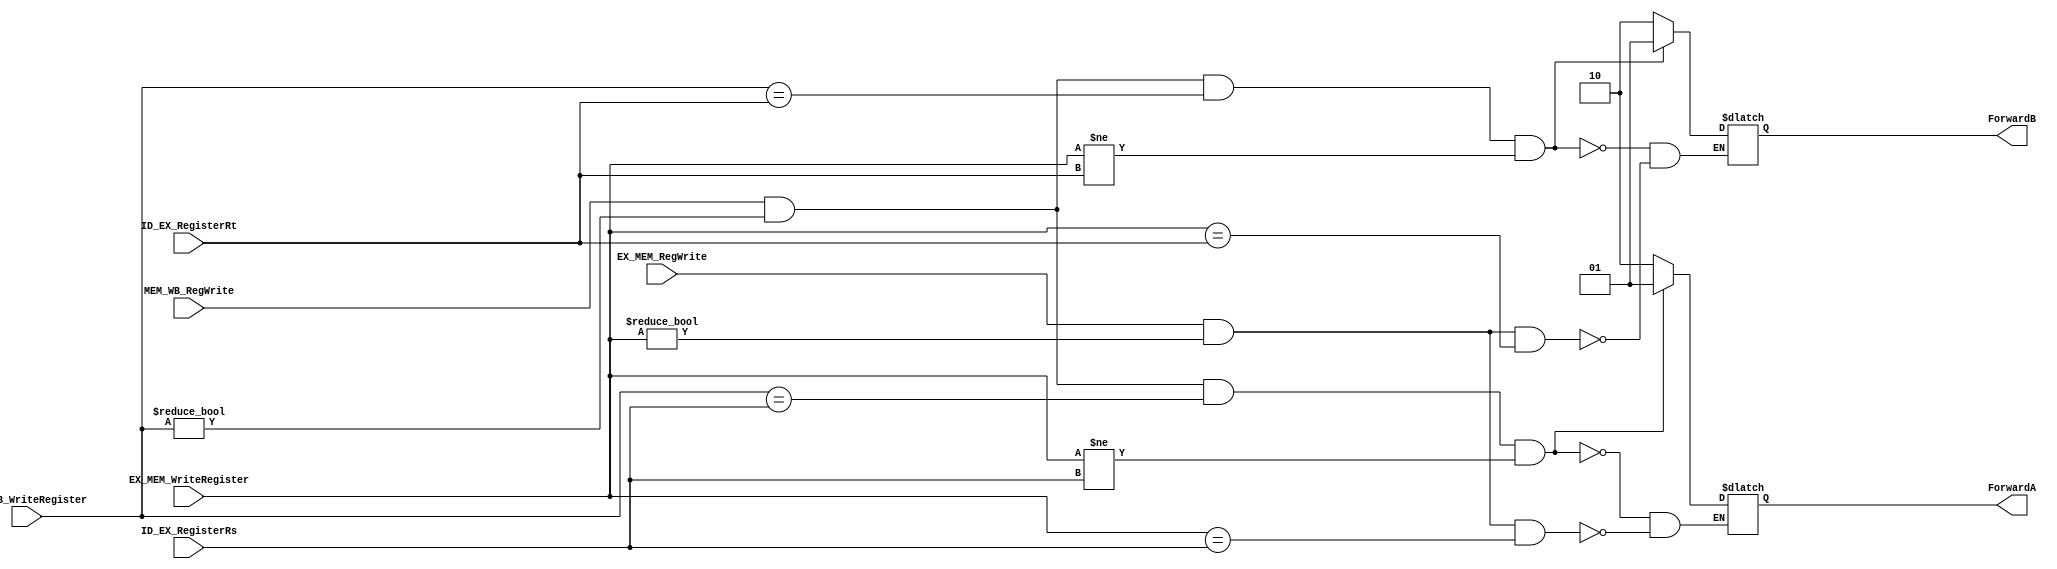
module ForwardUnit
(
	input EX_MEM_RegWrite,
	input [4:0] EX_MEM_WriteRegister,
	input [4:0] ID_EX_RegisterRs,
	input [4:0] ID_EX_RegisterRt,
	input MEM_WB_RegWrite,
	input [4:0] MEM_WB_WriteRegister,

	output reg [1:0] ForwardA,
	output reg [1:0] ForwardB
	
);

always@(*) begin // Toma todas las entradas como lista de sensibilidad
	// EX Forward Unit
	if(EX_MEM_RegWrite == 1 && EX_MEM_WriteRegister != 0 && EX_MEM_WriteRegister == ID_EX_RegisterRs)
		ForwardA <= 2'b10;
		
	if(EX_MEM_RegWrite == 1 && EX_MEM_WriteRegister != 0 && EX_MEM_WriteRegister == ID_EX_RegisterRt)
		ForwardB <= 2'b10;
		
	// MEM Forward Unit
	if(MEM_WB_RegWrite == 1 && MEM_WB_WriteRegister != 0 && MEM_WB_WriteRegister == ID_EX_RegisterRs && EX_MEM_WriteRegister != ID_EX_RegisterRs)
		ForwardA <= 2'b01;
		
	if(MEM_WB_RegWrite == 1 && MEM_WB_WriteRegister != 0 && MEM_WB_WriteRegister == ID_EX_RegisterRt && EX_MEM_WriteRegister != ID_EX_RegisterRt)
		ForwardB <= 2'b01;
	

end

endmodule